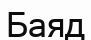
Баяд